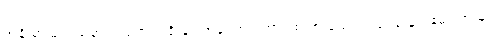
အချို့မှာ မည်းခြောက်လျက် အရိုးနှင့် အရေကပ် ကာ စေ့ထားသော ပါးစပ်မှ နှုတ်ခမ်းသားများ